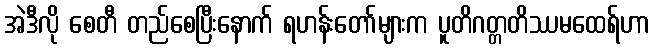
အဲဒီလို စေတီ တည်စေပြီးနောက် ရဟန်းတော်များက ပူတိဂတ္တတိဿမထေရ်ဟာ